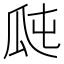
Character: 𤫭